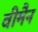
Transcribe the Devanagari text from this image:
वीमैन